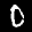
Label: 0